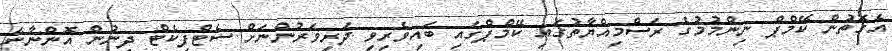
އެގޮތުން ކޭމްޕް ނިންމުމުގެ ރަސްމިއްޔާތުގައި ކޭމްޕްގައި ބައިވެރިވި ދަރިވަރުންނަށް ސެޓްފިކެޓް ދިނުން އޮންނާނެ